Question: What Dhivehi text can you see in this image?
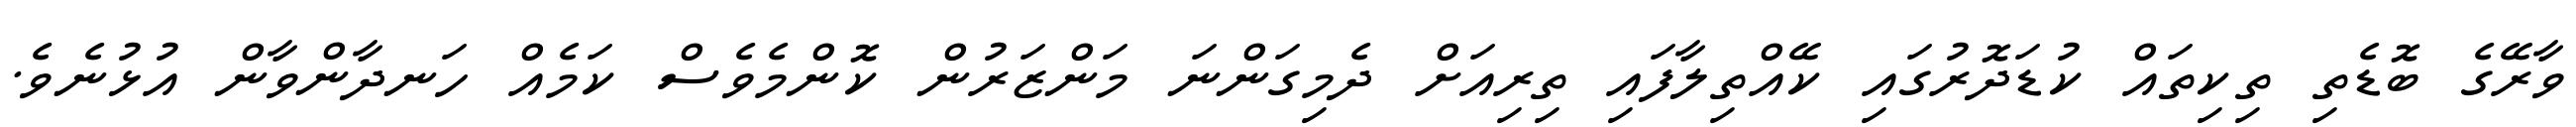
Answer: ވާރޭގެ ބޮޑެތި ތިކިތައް ކުޑަދޮރުގައި ކޭއްތިލާފައި ތިރިއަށް ދެމިގަންނަ މަންޒަރުން ކޮންމެވެސް ކަމެއް ހަނދާންވާން އުޅުނެވެ.